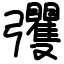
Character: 彏